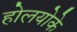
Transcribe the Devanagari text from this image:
होलयोके